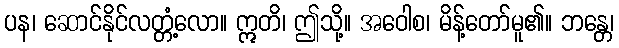
ပန၊ ဆောင်နိုင်လတ္တံ့လော။ ဣတိ၊ ဤသို့။ အဝေါစ၊ မိန့်တော်မူ၏။ ဘန္တေ၊